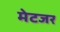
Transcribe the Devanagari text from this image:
मेटजर